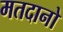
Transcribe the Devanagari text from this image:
मतदानो